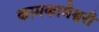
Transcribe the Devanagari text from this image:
कामकामेश्वरी